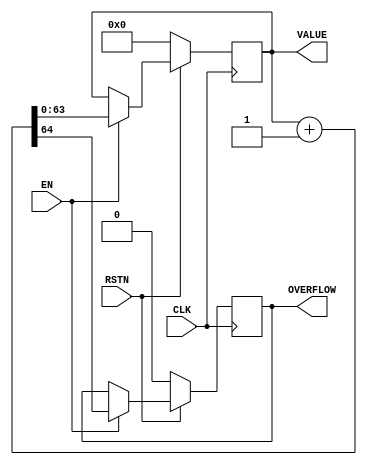
`default_nettype none

// A simple and reusable free-running counter
module COUNTER #(
    parameter WIDTH = 64
)
(
    input wire              CLK,
    input wire              RSTN,
    input wire              EN,
    output wire [WIDTH-1:0] VALUE,
    output wire             OVERFLOW
);

    reg [WIDTH-1:0] value;
    reg             overflow;

    always @(posedge CLK) begin
        if(RSTN == 1'b0) begin
            value <= 0;
            overflow <= 1'b0;
        end
        else if(EN == 1'b1) begin
            { overflow, value } <= value + 1;
        end
    end

    // Pinouts
    assign VALUE    = value;
    assign OVERFLOW = overflow;
endmodule

`default_nettype wire